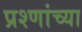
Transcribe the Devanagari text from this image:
प्रश्णांच्या